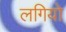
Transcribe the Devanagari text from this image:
लगियो